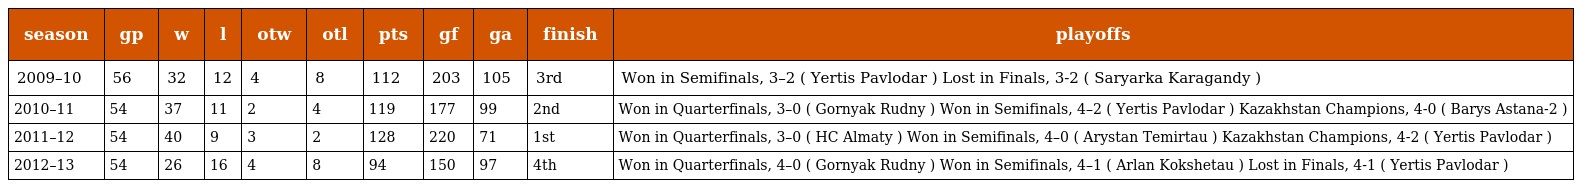
| season | gp | w | l | otw | otl | pts | gf | ga | finish | playoffs |
 | --- | --- | --- | --- | --- | --- | --- | --- | --- | --- | --- |
 | 2009–10 | 56 | 32 | 12 | 4 | 8 | 112 | 203 | 105 | 3rd | Won in Semifinals, 3–2 ( Yertis Pavlodar ) Lost in Finals, 3-2 ( Saryarka Karagandy ) |
 | 2010–11 | 54 | 37 | 11 | 2 | 4 | 119 | 177 | 99 | 2nd | Won in Quarterfinals, 3–0 ( Gornyak Rudny ) Won in Semifinals, 4–2 ( Yertis Pavlodar ) Kazakhstan Champions, 4-0 ( Barys Astana-2 ) |
 | 2011–12 | 54 | 40 | 9 | 3 | 2 | 128 | 220 | 71 | 1st | Won in Quarterfinals, 3–0 ( HC Almaty ) Won in Semifinals, 4–0 ( Arystan Temirtau ) Kazakhstan Champions, 4-2 ( Yertis Pavlodar ) |
 | 2012–13 | 54 | 26 | 16 | 4 | 8 | 94 | 150 | 97 | 4th | Won in Quarterfinals, 4–0 ( Gornyak Rudny ) Won in Semifinals, 4–1 ( Arlan Kokshetau ) Lost in Finals, 4-1 ( Yertis Pavlodar ) |